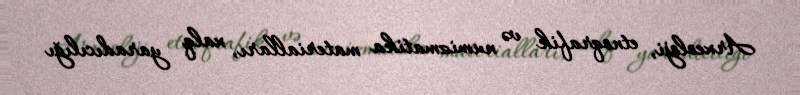
Arxeoloji, etnoqrafik və numizmatika materialları, xalq yaradıcılığı